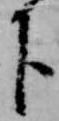
下